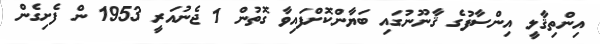
އިންތިޤާލީ އިންސާފުގެ ޤާނޫނުގައި ބަޔާންކޮށްފައިވާ ގޮތުން 1 ޖެނުއަރީ 1953 ން ފެށިގެން